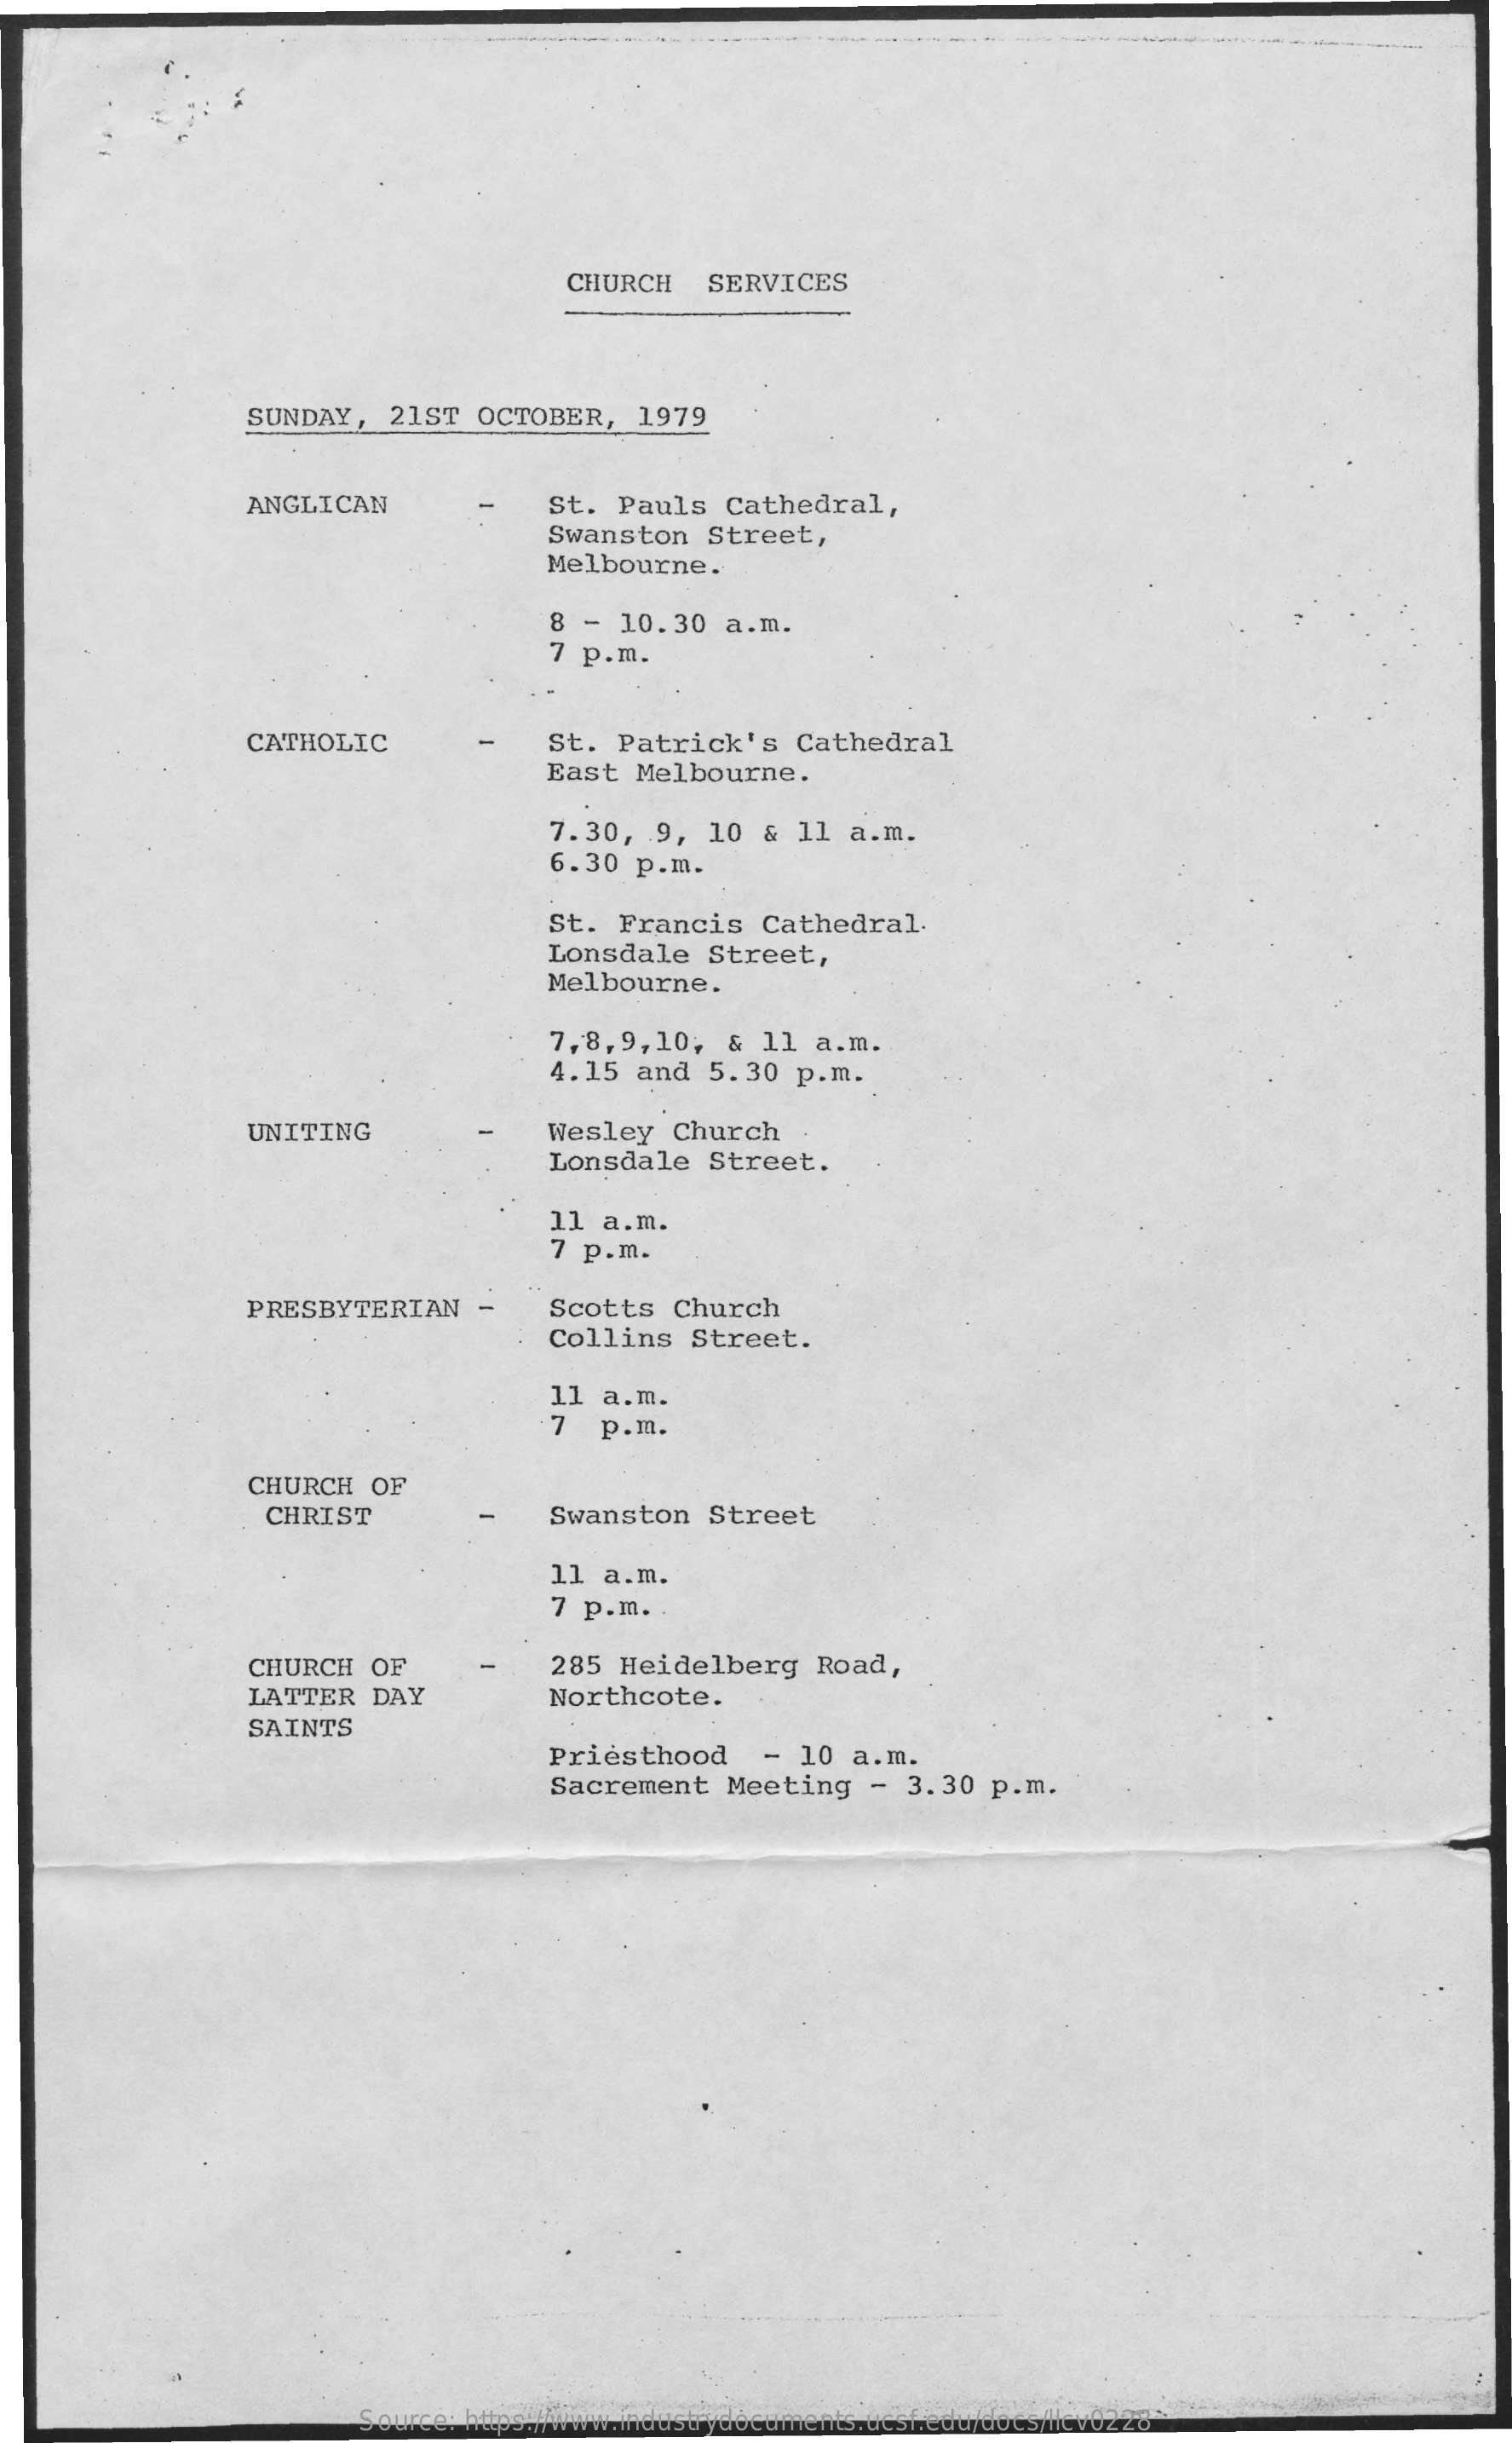
CHURCH    SERVICES
     SUNDAY,   21ST   OCTOBER,   1979
     ANGLICAN    St.  Pauls   Cathedral,
     Swanston    Street,
     Melbourne.
     8  - 10.30   a.m.
     7 p.m.
     CATHOLIC    St.  Patrick's    Cathedral
     East  Melbourne.
     7.30,   9,  10  & 11  a.m.
     6.30  p.m.
     St.  Francis    Cathedral-
     Lonsdale    Street,
     Melbourne.
     7,8,9,10;    &  11  a.m.
     4.15  and   5.30  p.m.
     UNITING    Wesley   Church
     Lonsdale    Street.
     11  a.m.
     7 p.m.
     PRESBYTERIAN    -    Scotts   Church
     Collins   Street.
     7
     11  a.m.
     p.m.
     CHURCH   OF
     CHRIST    Swanston    Street
     11  a.m.
     7 p.m.
     CHURCH   OF    285  Heidelberg    Road,
     LATTER   DAY    Northcote.
     SAINTS
     Priesthood    -  10 a.m.
     Sacrement    Meeting    -  3.30  p.m.
     Source: https://www.industrydocuments.ucsf.edu/docs/llcv0228